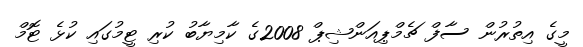
މީގެ އިތުރުން ސާފް ޗެމްޕިއަންޝިޕް 2008ގެ ކާމިޔާބު ކުރި ޓީމުގައި ކުޅެ ޓޮމް